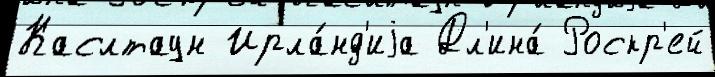
Каслтаун Ирла́нд'иjа Дл'ина́ Роскр'ей